NAE_eestikeelseid_kaarte, lk 1
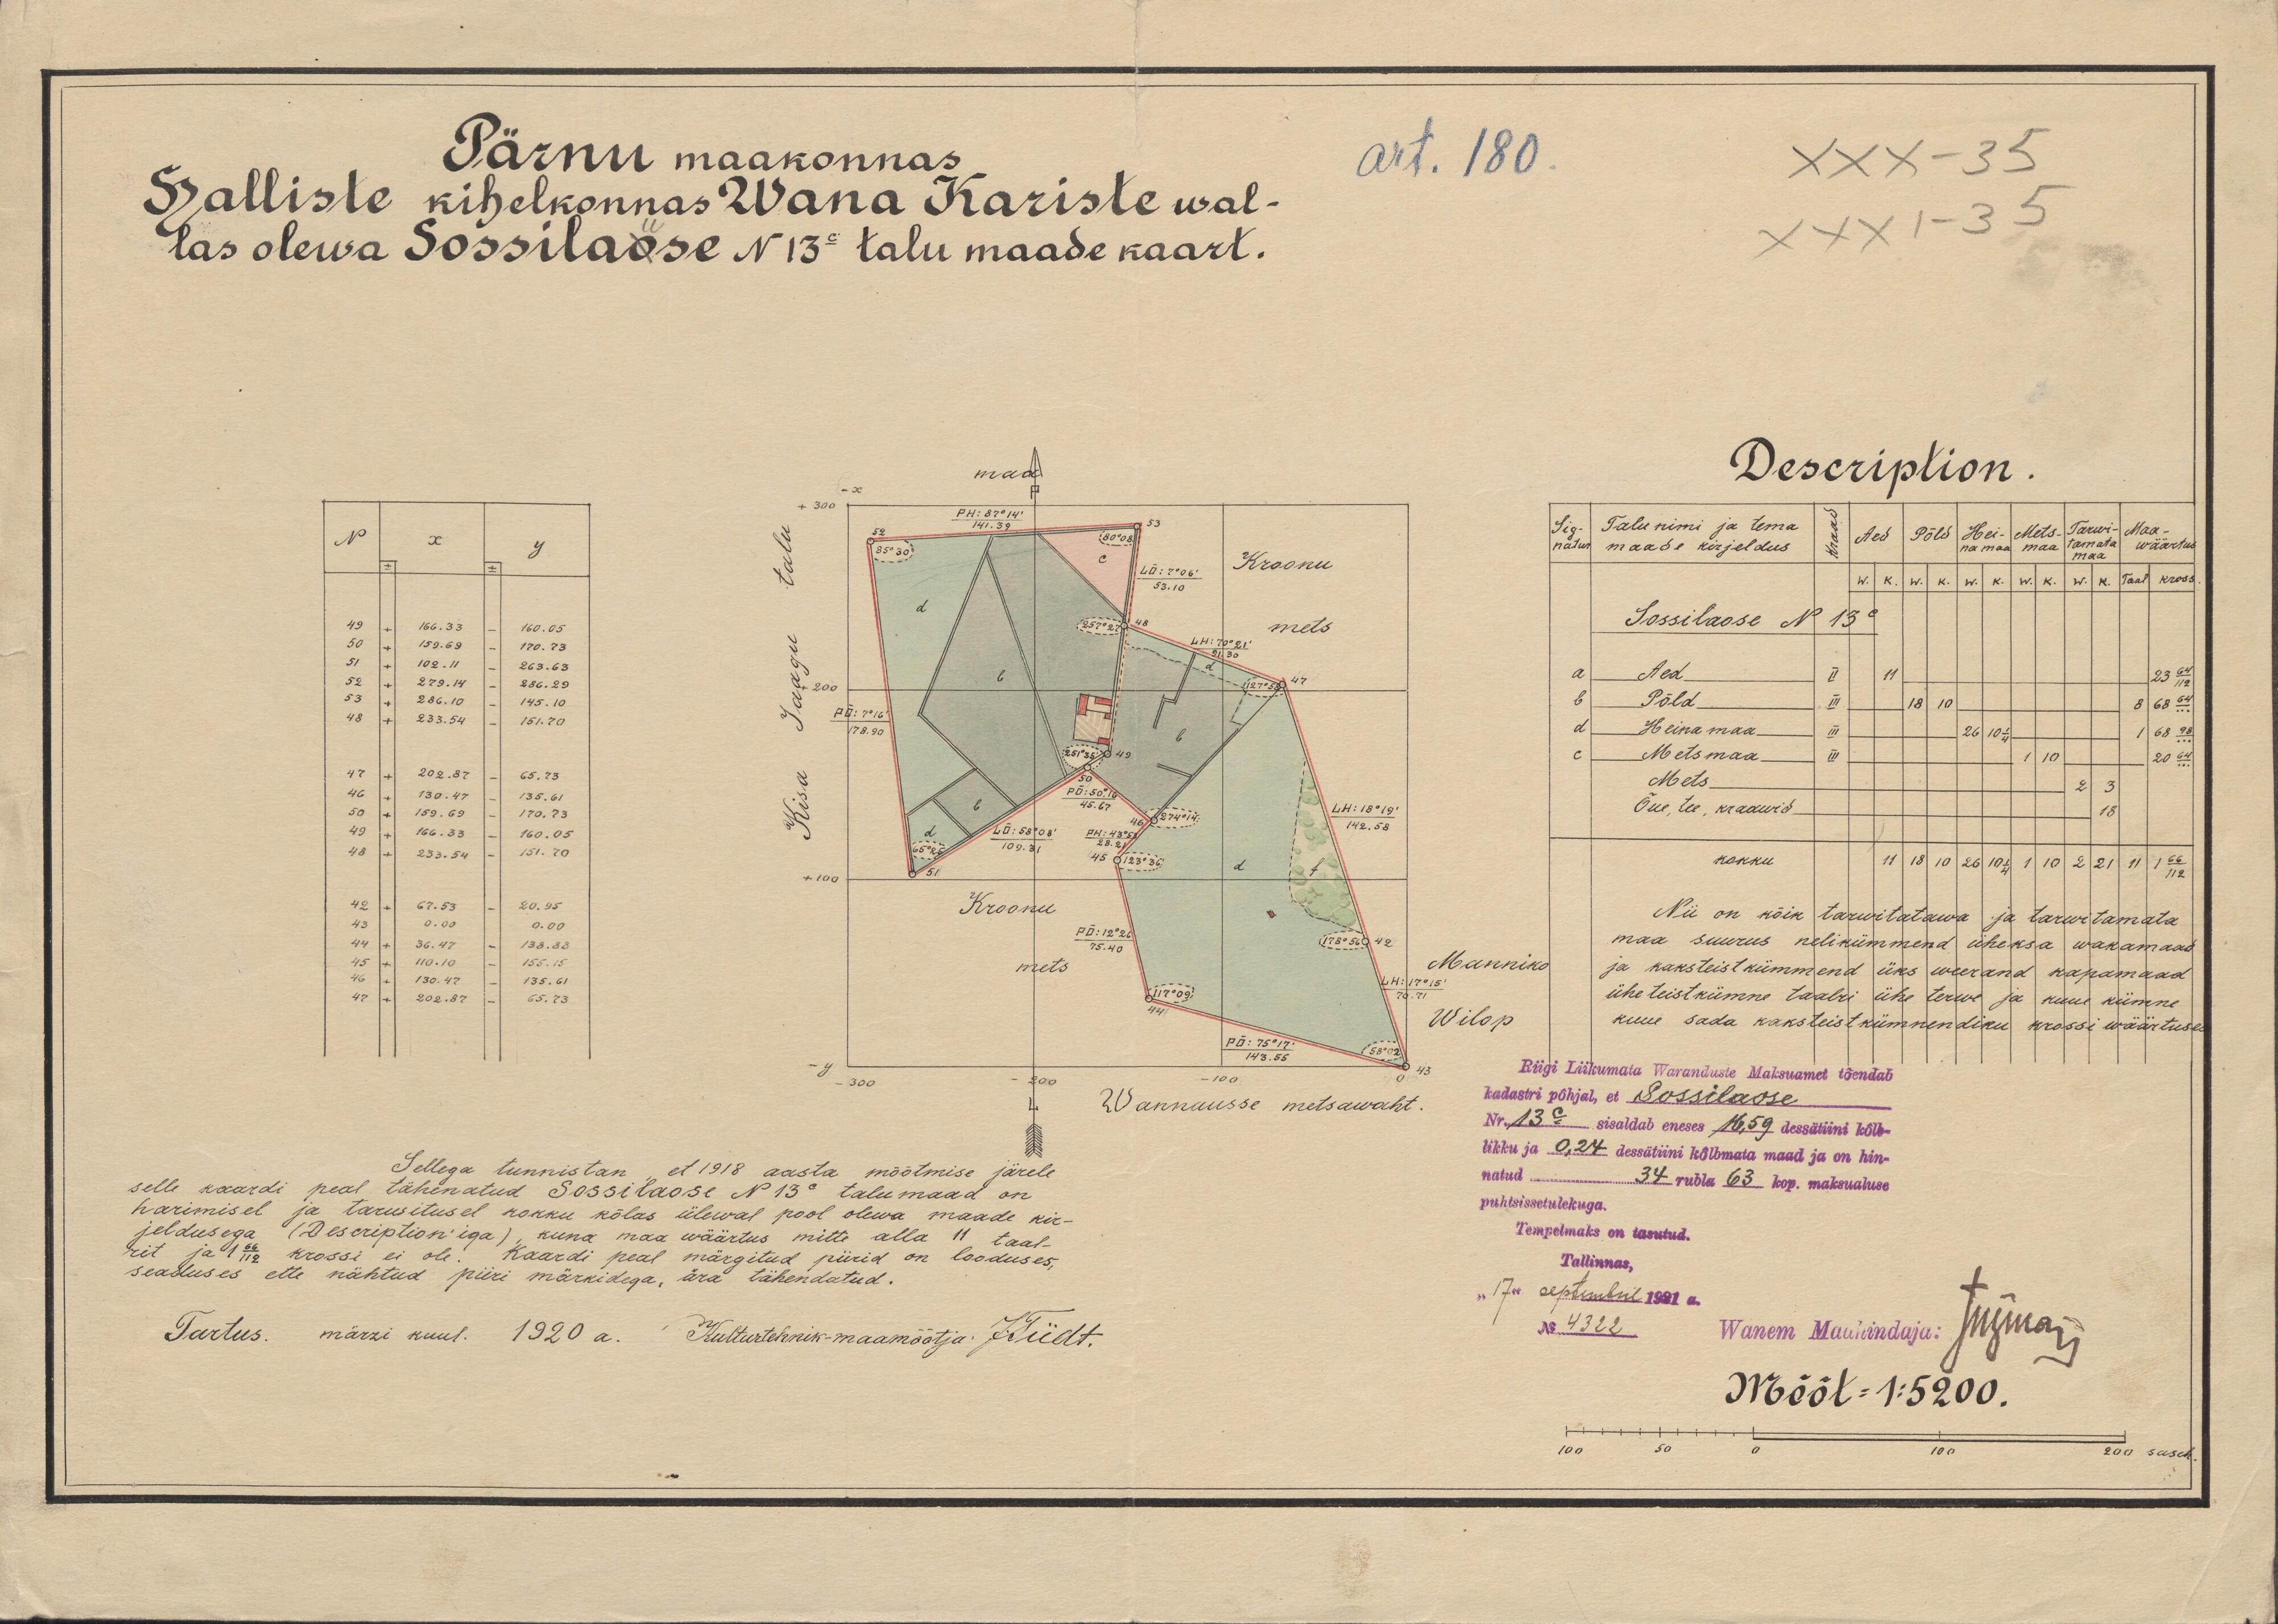
Pärnu maakonnas
Halliste kihelkonnas Wana Kariste wal-
las olewa Sossilaose N13c talu maade kaart.
Kroonu
mets
Kroonu
Wannausse metsawaht.
Sellega tunnistan et 1918 aasta mõõtmise järele
selle kaardi peal tähenatud Sossilaose N 13c talumaad on
harimisel ja tarwitusel kokku kõlas ülewal pool olewa maade kir-
jeldusega (Description'iga), kuna maa wäärtus mitte alla 11 taal-
rit ja1 66/118 krossi ei ole. Kaardi peal märgitud piirid on looduses,
seaduses ette nähtud piiri märkidega, ära tähendatud.
Tartus. märzi kuul. 1920 a. Kulturtehnik-maamõõtja. JTiidt.

art. 180.
XXX-35
Description.
Talu nimi ja tema
maade kirjeldus.
Sossilaose N 13c
Aed
Põld
Heinamaa
Metsmaa
Mets
Õue, tee, kraawid
kokku
Nii on kõik tarwitatawa ja tawitamata
maa suurus kolmkümmend üheksa wakamaad
Manniko
ja kaksteistkümmend üks weerand kapamaad
üheteistkümne taalri ühe terwe ja kuue kümne
Wilop
kuue sada kaksteistkümnendiku krossi wäärtuses
Riigi Liikumata Waranduste Maksuamet tõendab
kadastri põhjal, et Sossilaose
Nr. 13c sisaldab eneses 16,59 dessätiini kõlb-
likku ja 0,24 dessätiini kõlbmata maad ja on hin-
natud
34 rubla 63 kop. maksualuse
puhtsissetulekuga.
Tempelmaks on tasutud.
Tallinnas,
"17" septembril 1921 a.
No. 4322
Mõõt = 1:5200.